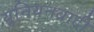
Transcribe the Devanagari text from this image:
यूनियनवादी